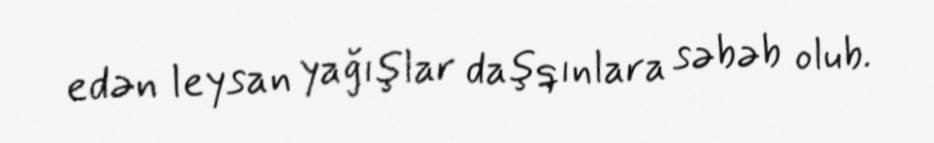
edən leysan yağışlar daşqınlara səbəb olub.